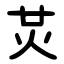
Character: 炗